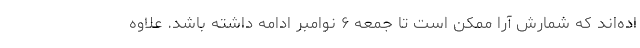
اده‌اند که شمارش آرا ممکن است تا جمعه ۶ نوامبر ادامه داشته باشد. علاوه